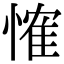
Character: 𢞕